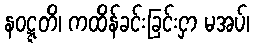
နဝဋ္ဋတိ၊ ကထိန်ခင်းခြင်းငှာ မအပ်၊